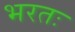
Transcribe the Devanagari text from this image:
भरतः